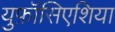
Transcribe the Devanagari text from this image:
युफ़ॉसिएशिया